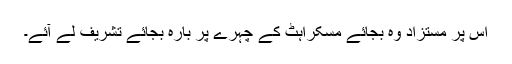
اس پر مستزاد وہ بجائے مسکراہٹ کے چہرے پر بارہ بجائے تشریف لے آئے۔